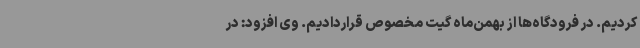
کردیم. در فرودگاه‌ها از بهمن‌ماه گیت مخصوص قراردادیم. وی افزود: در